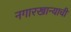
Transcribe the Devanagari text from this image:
नगारखान्याची